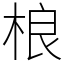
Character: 桹